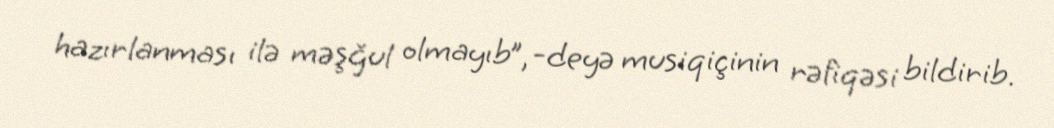
hazırlanması ilə məşğul olmayıb”, -deyə musiqiçinin rəfiqəsi bildirib.